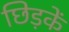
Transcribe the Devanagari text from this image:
छिड़कें